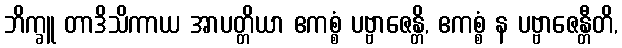
ဘိက္ခူ တာဒိသိကာယ အာပတ္တိယာ ဧကစ္စံ ပဗ္ဗာဇေန္တိ, ဧကစ္စံ န ပဗ္ဗာဇေန္တီတိ,